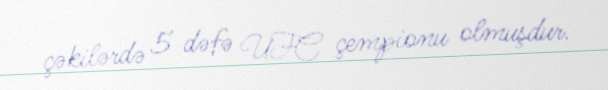
çəkilərdə 5 dəfə UFC çempionu olmuşdur.